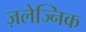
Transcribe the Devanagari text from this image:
ज़लेज्निक